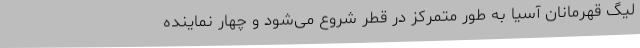
لیگ قهرمانان آسیا به طور متمرکز در قطر شروع می‌شود و چهار نماینده